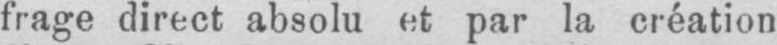
frage direct absolu et par la création